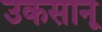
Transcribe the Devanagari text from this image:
उकसानू